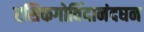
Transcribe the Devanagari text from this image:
रसिकगोविंदानंदघन